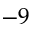
- 9